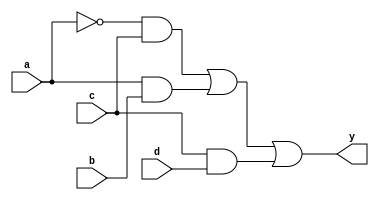
module combinational_logic_block (
    input wire a,   // Input signal a
    input wire b,   // Input signal b
    input wire c,   // Input signal c
    input wire d,   // Input signal d
    output wire y   // Output signal y
);

// Intermediate signals
wire ab_and;      // Intermediate signal for AND operation of a and b
wire cd_and;      // Intermediate signal for AND operation of c and d
wire not_a;       // Intermediate signal for NOT operation of a
wire final_or;    // Intermediate signal for final OR operation

// Multi-level logic implementation
// Example logic function: y = (a AND b) OR (NOT a AND c) OR (c AND d)
// Step 1: Compute intermediate signals
assign ab_and  = a & b;          // AND operation
assign not_a   = ~a;             // NOT operation
assign cd_and  = c & d;          // AND operation

// Step 2: Combine results to form the final output
assign final_or = (not_a & c) | ab_and | cd_and; // OR operation
assign y = final_or; // Final output assignment

endmodule